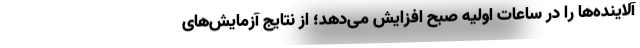
آلاینده‌ها را در ساعات اولیه صبح افزایش می‌دهد؛ از نتایج آزمایش‌های